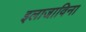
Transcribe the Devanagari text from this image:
इलाजाविना